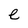
Character: e